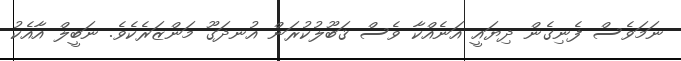
ނަމަވެސް ފެނިގެން ދިޔައީ އަނެއްކާ ވެސް ޤަބޫލުކުރަން އުނދަގޫ މަންޒަރެކެވެ. ނަބީލް އާއެކު